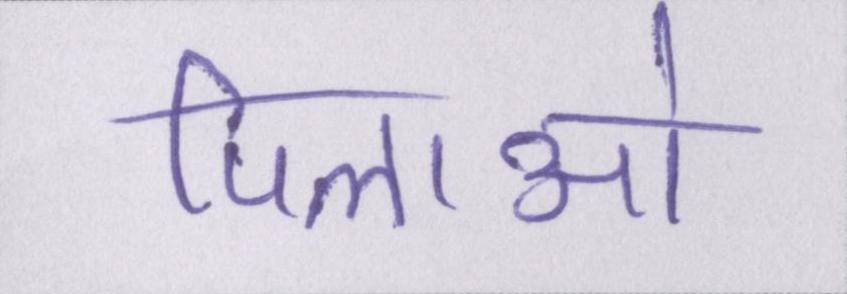
पिलाओ